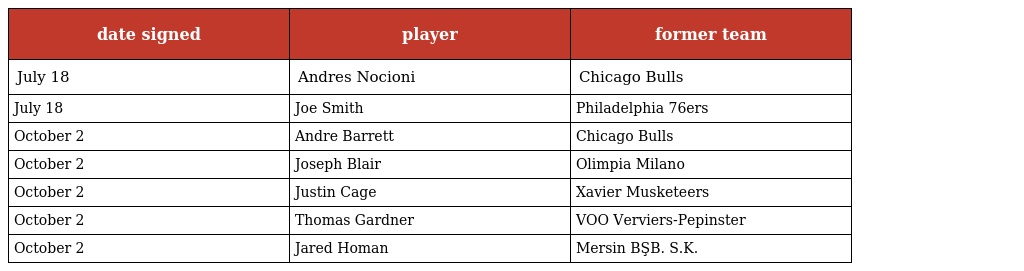
| date signed | player | former team |
 | --- | --- | --- |
 | July 18 | Andres Nocioni | Chicago Bulls |
 | July 18 | Joe Smith | Philadelphia 76ers |
 | October 2 | Andre Barrett | Chicago Bulls |
 | October 2 | Joseph Blair | Olimpia Milano |
 | October 2 | Justin Cage | Xavier Musketeers |
 | October 2 | Thomas Gardner | VOO Verviers-Pepinster |
 | October 2 | Jared Homan | Mersin BŞB. S.K. |